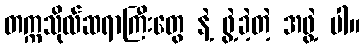
တက္ကသိုလ်ဆရာကြီးတွေ နဲ့ ဖွဲ့ခဲ့တဲ့ အဖွဲ့ ပါ။